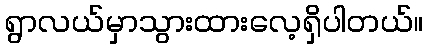
ရွာလယ်မှာသွားထားလေ့ရှိပါတယ်။